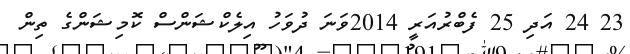
23 24 އަދި 25 ފެބްރުއަރީ 2014ވަނަ ދުވަހު އިލެކްޝަންސް ކޮމިޝަންގެ ތިން